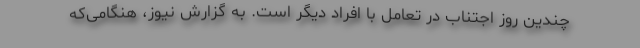
چندین روز اجتناب در تعامل با افراد دیگر است. به گزارش نیوز، هنگامی‌که